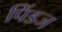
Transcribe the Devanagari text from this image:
पिंडज